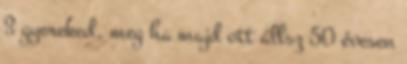
3 gyereked, meg ha majd ott állsz 50 évesen